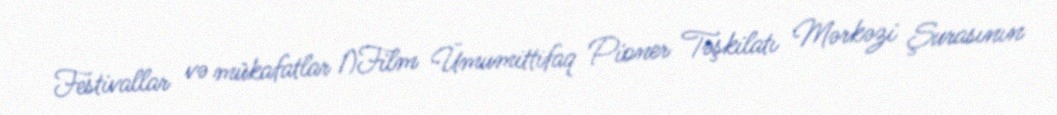
Festivallar və mükafatlar 1)Film Ümumittifaq Pioner Təşkilatı Mərkəzi Şurasının